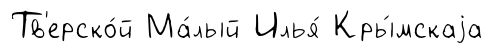
Тв'ерско́й Ма́лый Илья́ Кры́мскаjа